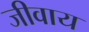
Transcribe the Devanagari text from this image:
जीवाय